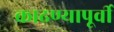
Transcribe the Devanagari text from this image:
काढण्यापूर्वी